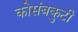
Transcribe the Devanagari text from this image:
कोसंबकुटी